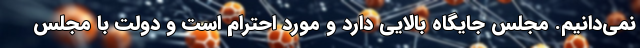
نمی‌دانیم. مجلس جایگاه بالایی دارد و مورد احترام است و دولت با مجلس